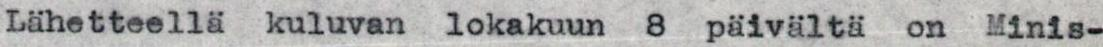
Lähetteellä kuluvan lokakuun 8 päivältä on Minis-